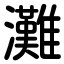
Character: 灘